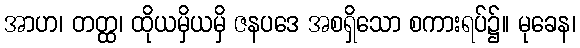
အာဟ၊ တတ္ထ၊ ထိုယမှိယမှိ ဇနပဒေ အစရှိသော စကားရပ်၌။ မုခေန၊